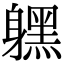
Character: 𨊂